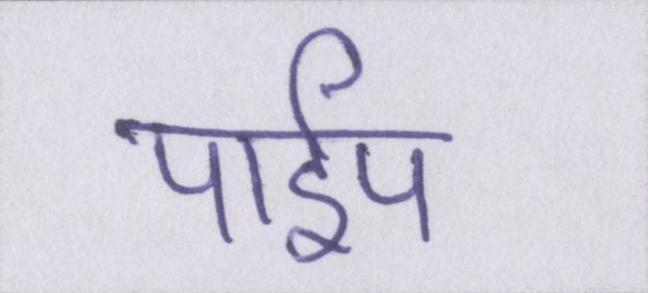
पाईप